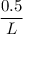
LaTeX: \frac { 0 . 5 } { L }